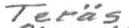
Teräs